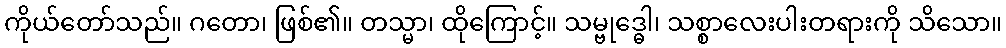
ကိုယ်တော်သည်။ ဂတော၊ ဖြစ်၏။ တသ္မာ၊ ထိုကြောင့်။ သမ္ဗုဒ္ဓေါ၊ သစ္စာလေးပါးတရားကို သိသော။